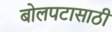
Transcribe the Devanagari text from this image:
बोलपटासाठी